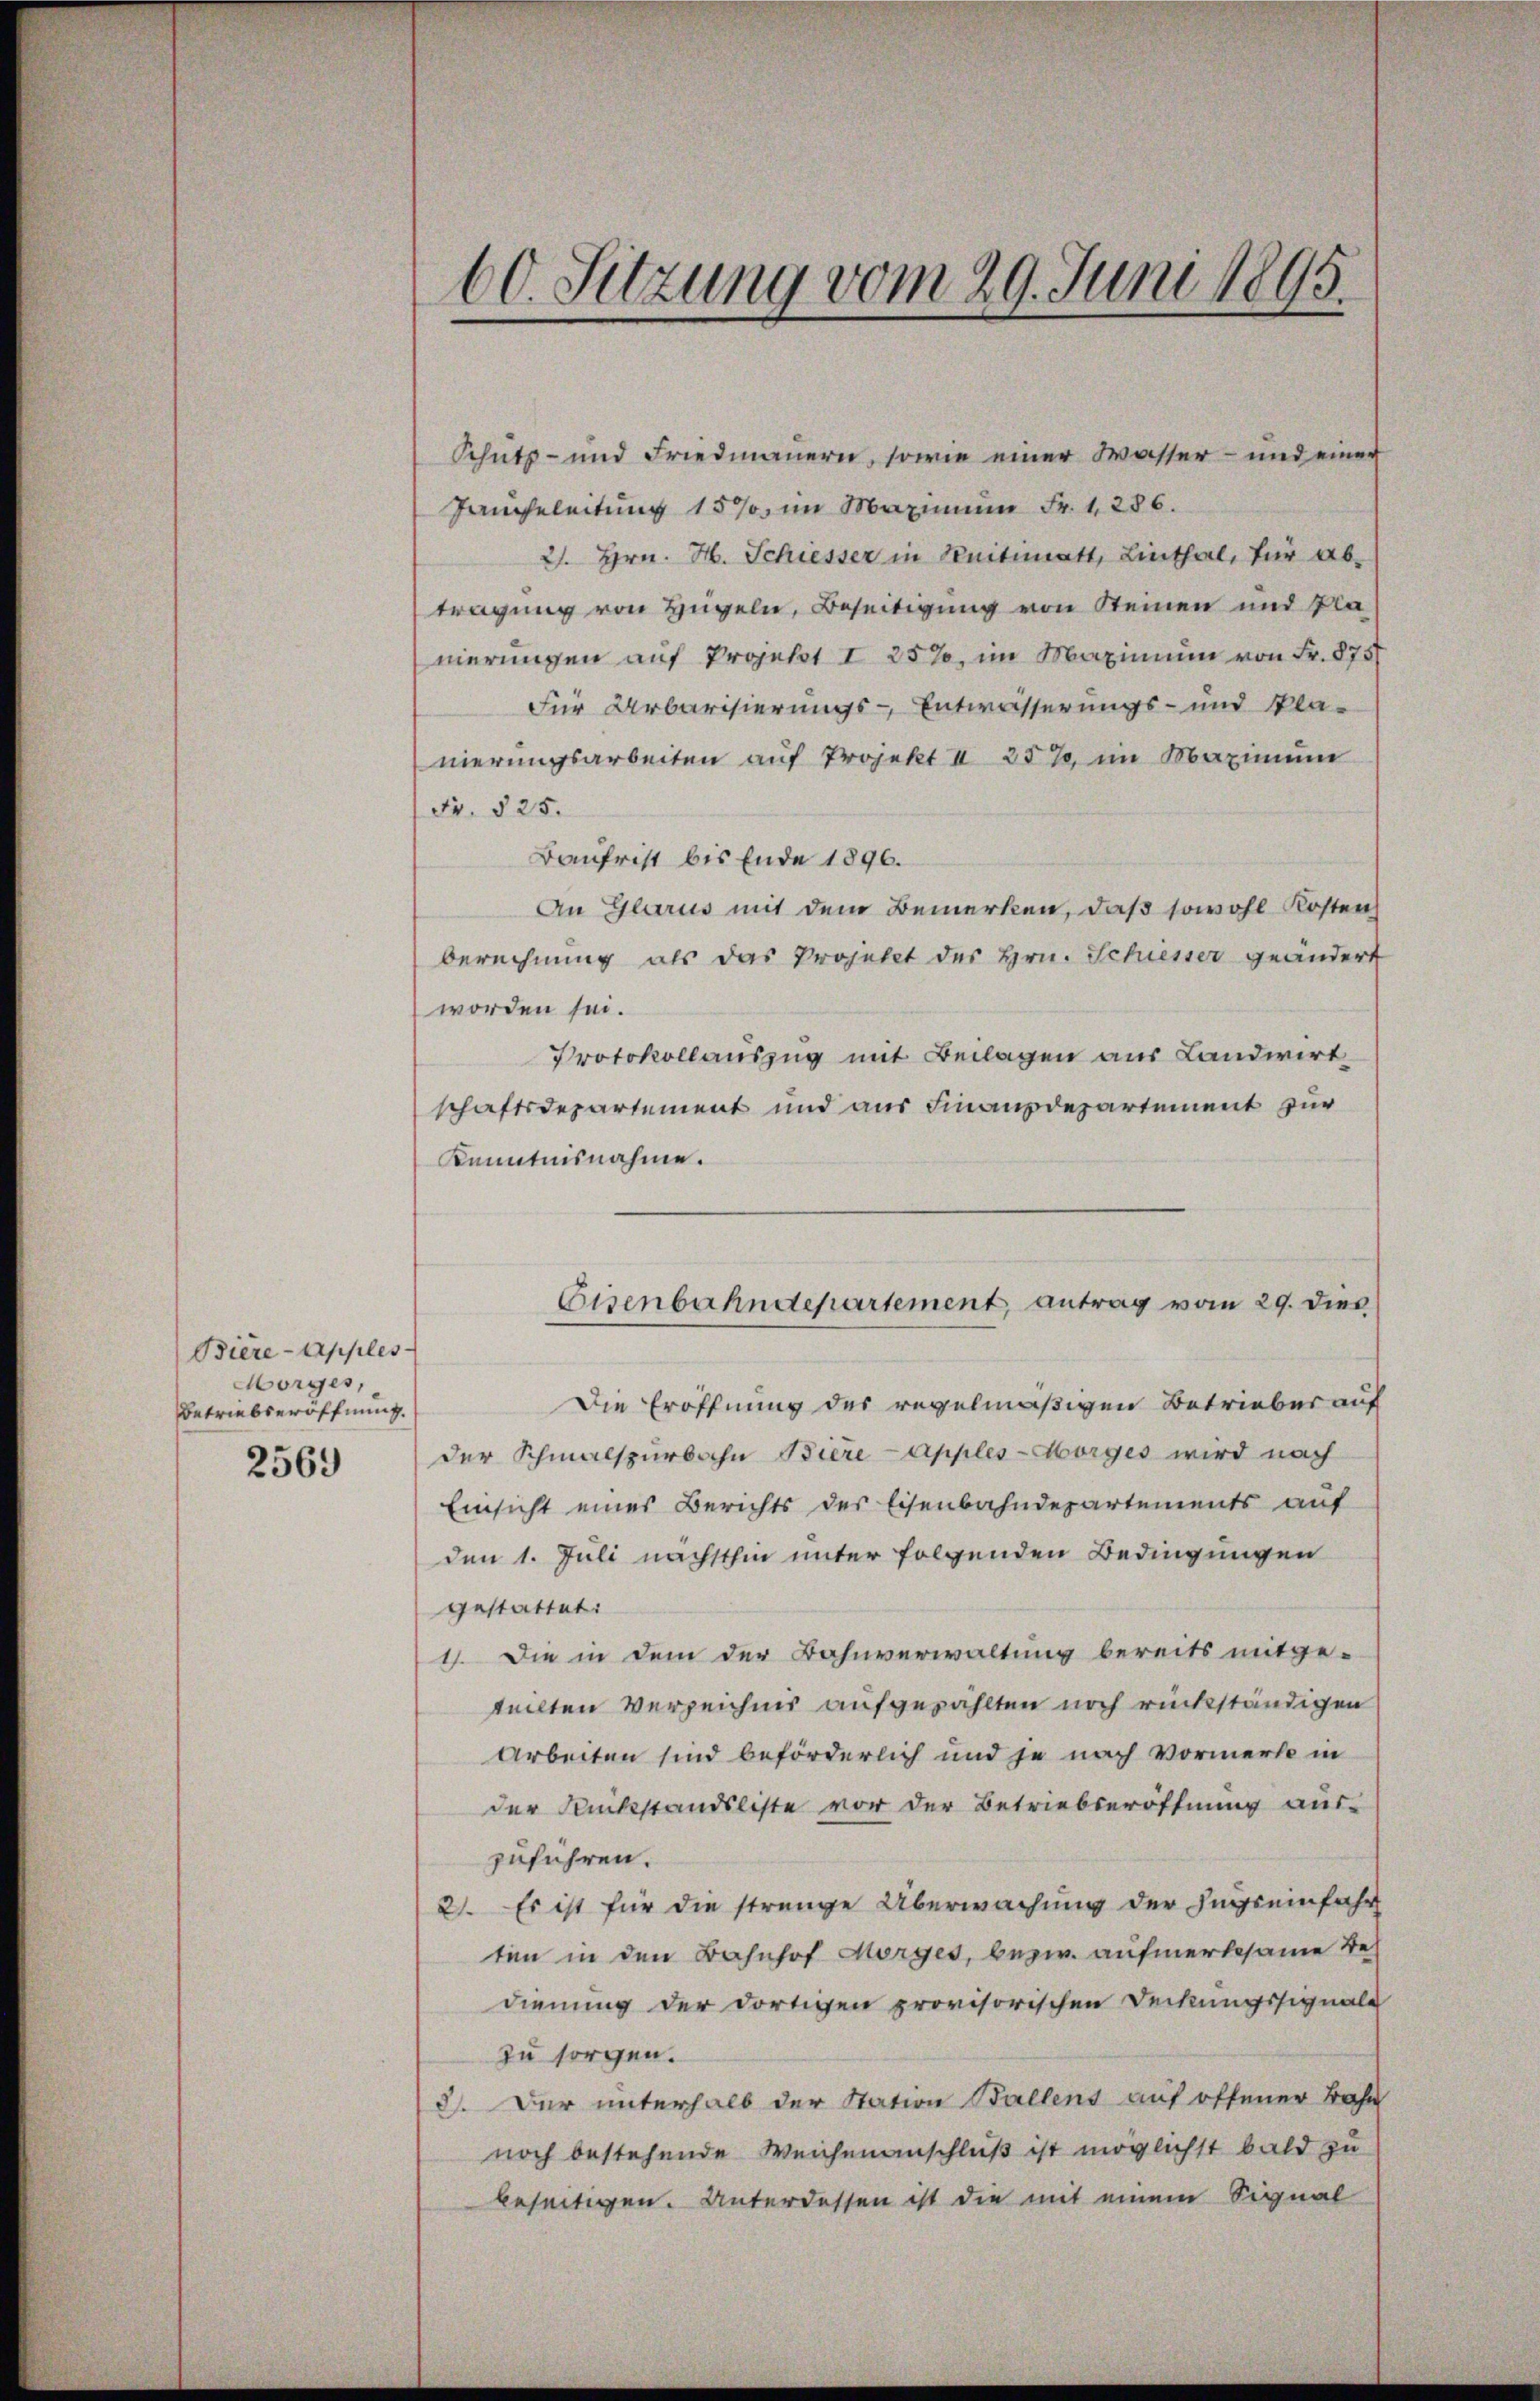
Biere-Apples
Morges,
Betriebseröffnung.

2569

60. Sitzung vom 29. Juni 1895.

Schutz- und Friedmauern, sowie einer Wasser- und einer
Jangeleitung 15% im Maximum Fr. 1286.
21. Hrn. H. Schiesser in Knitimatt, Linthal, für ab-
tragung von Hügeln, Beseitigung von Steinen und Planierungen auf Projekt I 25%, im Maximum von Fr. 875
Für Urbarisierungs-Entwässerungs- und Kla-
nierungsarbeiten auf Projekt II 257, im Maximum
Fr. 525.
Baufrist bis Ende 1896.
An Glarus mit dem Bemerken, daß sowohl Kosten
berechnung als das Projekt des Hrn. Schiesser geändert
worden sei.
Protokollauszug mit Beilagen aus Landwirt
schaftsdepartement und aus Finanzdepartement zur
Kenntnisnahme.
Die Eröffnung des regelmäßigen Betrieber auf
der Schmalspurbahn Biere Apples-Morges wird nach
Einsicht eines Berichts des Eisenbahndepartements auf
den 1. Juli nächsthin unter folgenden Bedingungen
gestattet:
1). Die in dem der Bahnverwaltung bereits mitge-
teilten Verzeichnis aufgezählten noch rückständigen
Arbeiten sind beförderlich und je nach Vormerk in
der Dankstandsliste vor der Betriebseröffnung aus-
zuführen.
21. Es ist für die strenge Überwachung der Zusteinfahr
ten in den Bahnhof Morges, bezw. aufmerksame Bedienung der dortigen provisorischen Deckungssignale
zu sorgen.
8). Der unterhalb der Station Ballens auf offener Bahn
noch bestehende Weichenanschluß ist möglichst bald zu
beseitigen. Unterdessen ist die mit einem Signal

Eisenbahndepartement, antrag vom 29. dies